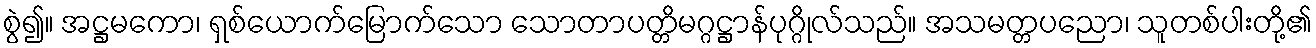
စွဲ၍။ အဋ္ဌမကော၊ ရှစ်ယောက်မြောက်သော သောတာပတ္တိမဂ္ဂဋ္ဌာန်ပုဂ္ဂိုလ်သည်။ အသမတ္တပညော၊ သူတစ်ပါးတို့၏